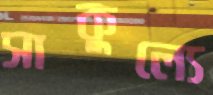
সাকুল্যে